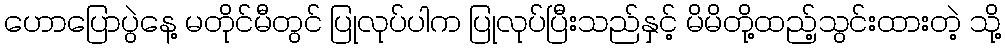
ဟောပြောပွဲနေ့ မတိုင်မီတွင် ပြုလုပ်ပါက ပြုလုပ်ပြီးသည်နှင့် မိမိတို့ထည့်သွင်းထားတဲ့ သို့